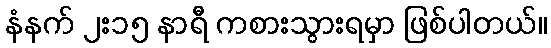
နံနက် ၂း၁၅ နာရီ ကစားသွားရမှာ ဖြစ်ပါတယ်။